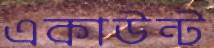
একাউন্ট